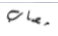
مصاب